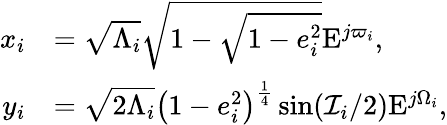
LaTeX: \begin{array}{rl}{x_{i}}&{=\sqrt{\Lambda_{i}}\sqrt{1-\sqrt{1-e_{i}^{2}}}\mathrm{E}^{j\varpi_{i}},}\\ {y_{i}}&{=\sqrt{2\Lambda_{i}}\left(1-e_{i}^{2}\right)^{\frac{1}{4}}\sin(\mathcal{I}_{i}/2)\mathrm{E}^{j\Omega_{i}},}\end{array}